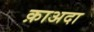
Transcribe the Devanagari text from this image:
क़ाअदा